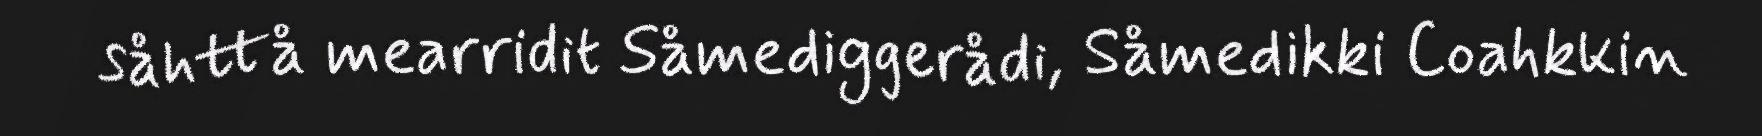
såhttå mearridit Såmediggerådi, Såmedikki Coahkkin